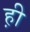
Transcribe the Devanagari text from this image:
ह़ी